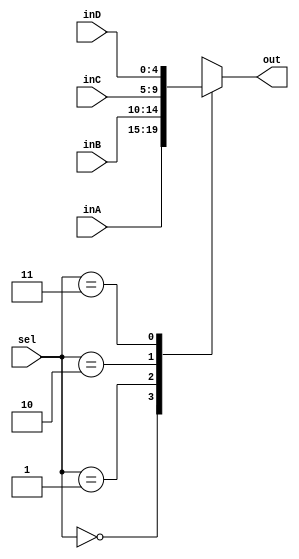
`timescale 1ns / 1ps
//////////////////////////////////////////////////////////////////////////////////
// Company: 
// Engineer: 
// 
// Design Name: 
// Module Name: Mux5Bit4To1
//////////////////////////////////////////////////////////////////////////////////


module Mux5Bit4To1(out, inA, inB, inC, inD, sel);

    output reg [4:0] out;
    
    input [4:0] inA, inB, inC, inD;
    input [1:0] sel;

    /* Fill in the implementation here ... */ 
    always @ (inA, inB, inC, inD, sel)
    begin
        case(sel)
            2'b00: out <= inA;
            2'b01: out <= inB;
            2'b10: out <= inC;
            2'b11: out <= inD;
        endcase
    end
endmodule